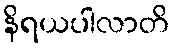
နိရယပါလာတိ